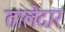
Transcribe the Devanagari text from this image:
तालेदार